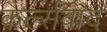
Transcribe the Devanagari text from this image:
कर्ल्सवाद